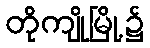
တိုကျိုမြို့၌